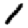
Digit: 1